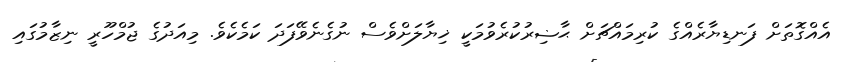
އެއްގޮތަށް ފަނޑިޔާރެއްގެ ކުރިމައްޗަށް ޙާޟިރުކުރެވުމަކީ ޚިޔާލަށްވެސް ނުގެނެވޭފަދަ ކަމެކެވެ. މިއަދުގެ ޖުމްހޫރީ ނިޒާމުގައި